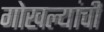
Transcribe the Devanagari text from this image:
गोखल्यांची